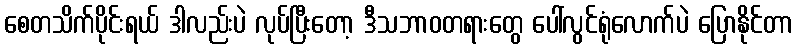
စေတသိက်ပိုင်းရယ် ဒါလည်းပဲ လုပ်ပြီးတော့ ဒီသဘာဝတရားတွေ ပေါ်လွင်ရုံလောက်ပဲ ပြောနိုင်တာ